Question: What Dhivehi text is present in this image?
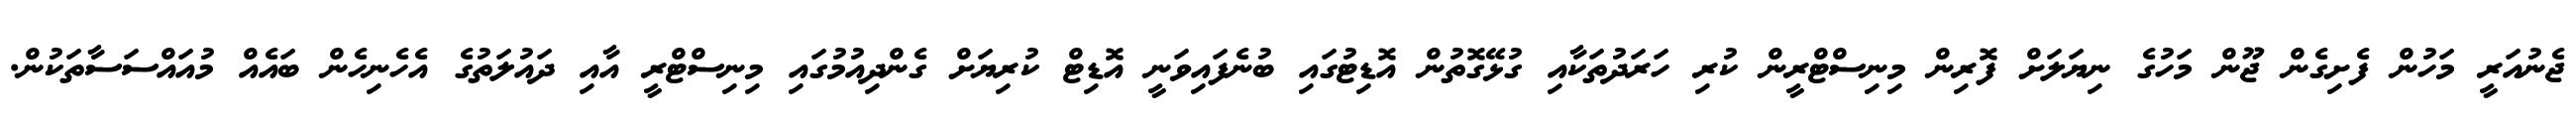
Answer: ޖެނުއަރީ މަހުން ފެށިގެން ޖޫން މަހުގެ ނިޔަލަށް ފޮރިން މިނިސްޓްރީން ކުރި ހަރަދުތަކާއި ގުޅޭގޮތުން އޮޑިޓުގައި ބުނެފައިވަނީ އޮޑިޓް ކުރިޔަށް ގެންދިއުމުގައި މިނިސްޓްރީ އާއި ދައުލަތުގެ އެހެނިހެން ބައެއް މުއައްސަސާތަކުން.